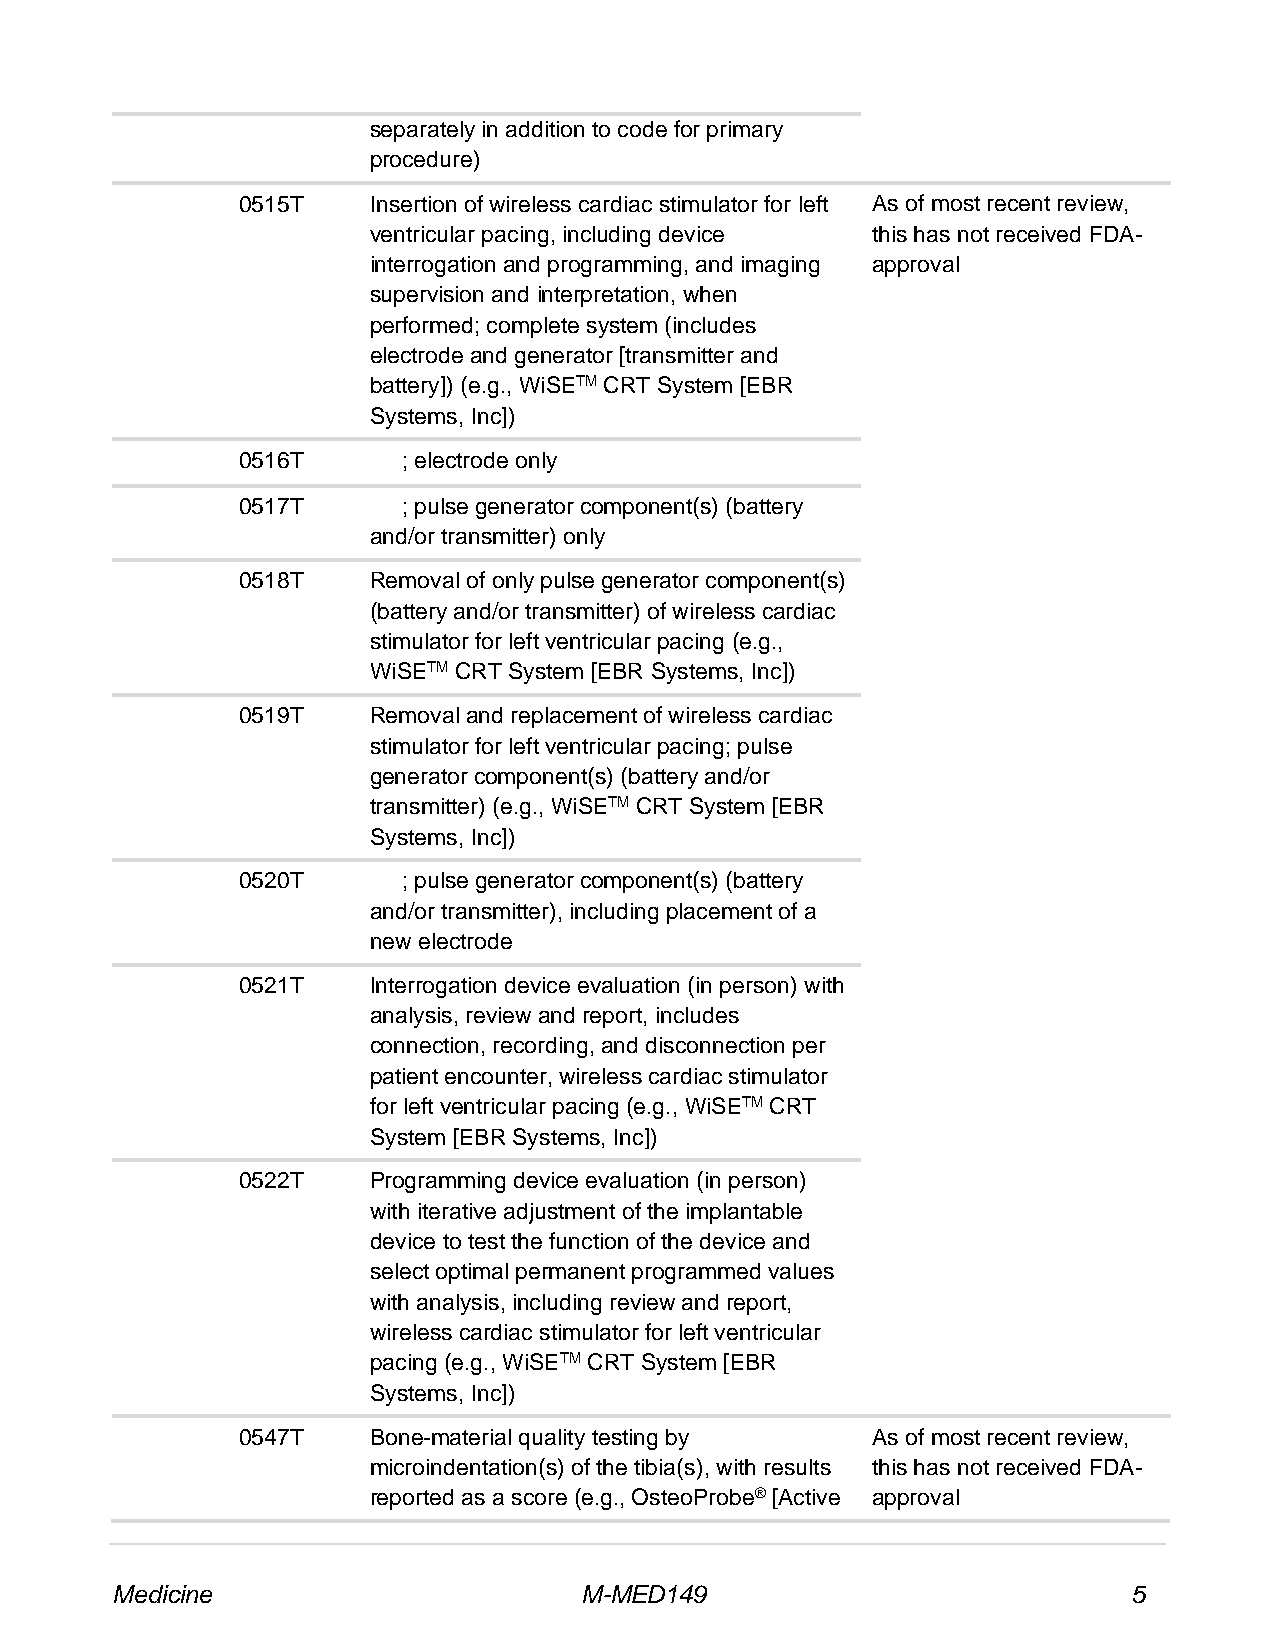
separately in addition to code for primary
 procedure)
 0515T   Insertion of wireless cardiac stimulator for left As of most recent review,
 ventricular pacing, including device this has not received FDA-
 interrogation and programming, and imaging approval
 supervision and interpretation, when
 performed; complete system (includes
 electrode and generator [transmitter and
 battery]) (e.g., WiSETM CRT System [EBR
 Systems, Inc])
 0516T      ; electrode only
 0517T      ; pulse generator component(s) (battery
 and/or transmitter) only
 0518T   Removal of only pulse generator component(s)
 (battery and/or transmitter) of wireless cardiac
 stimulator for left ventricular pacing (e.g.,
 WiSETM CRT System [EBR Systems, Inc])
 0519T   Removal and replacement of wireless cardiac
 stimulator for left ventricular pacing; pulse
 generator component(s) (battery and/or
 transmitter) (e.g., WiSETM CRT System [EBR
 Systems, Inc])
 0520T      ; pulse generator component(s) (battery
 and/or transmitter), including placement of a
 new electrode
 0521T   Interrogation device evaluation (in person) with
 analysis, review and report, includes
 connection, recording, and disconnection per
 patient encounter, wireless cardiac stimulator
 for left ventricular pacing (e.g., WiSETM CRT
 System [EBR Systems, Inc])
 0522T   Programming device evaluation (in person)
 with iterative adjustment of the implantable
 device to test the function of the device and
 select optimal permanent programmed values
 with analysis, including review and report,
 wireless cardiac stimulator for left ventricular
 pacing (e.g., WiSETM CRT System [EBR
 Systems, Inc])
 0547T   Bone-material quality testing by  As of most recent review,
 microindentation(s) of the tibia(s), with results this has not received FDA-
 reported as a score (e.g., OsteoProbe® [Active approval
 Medicine                       M-MED149                             5